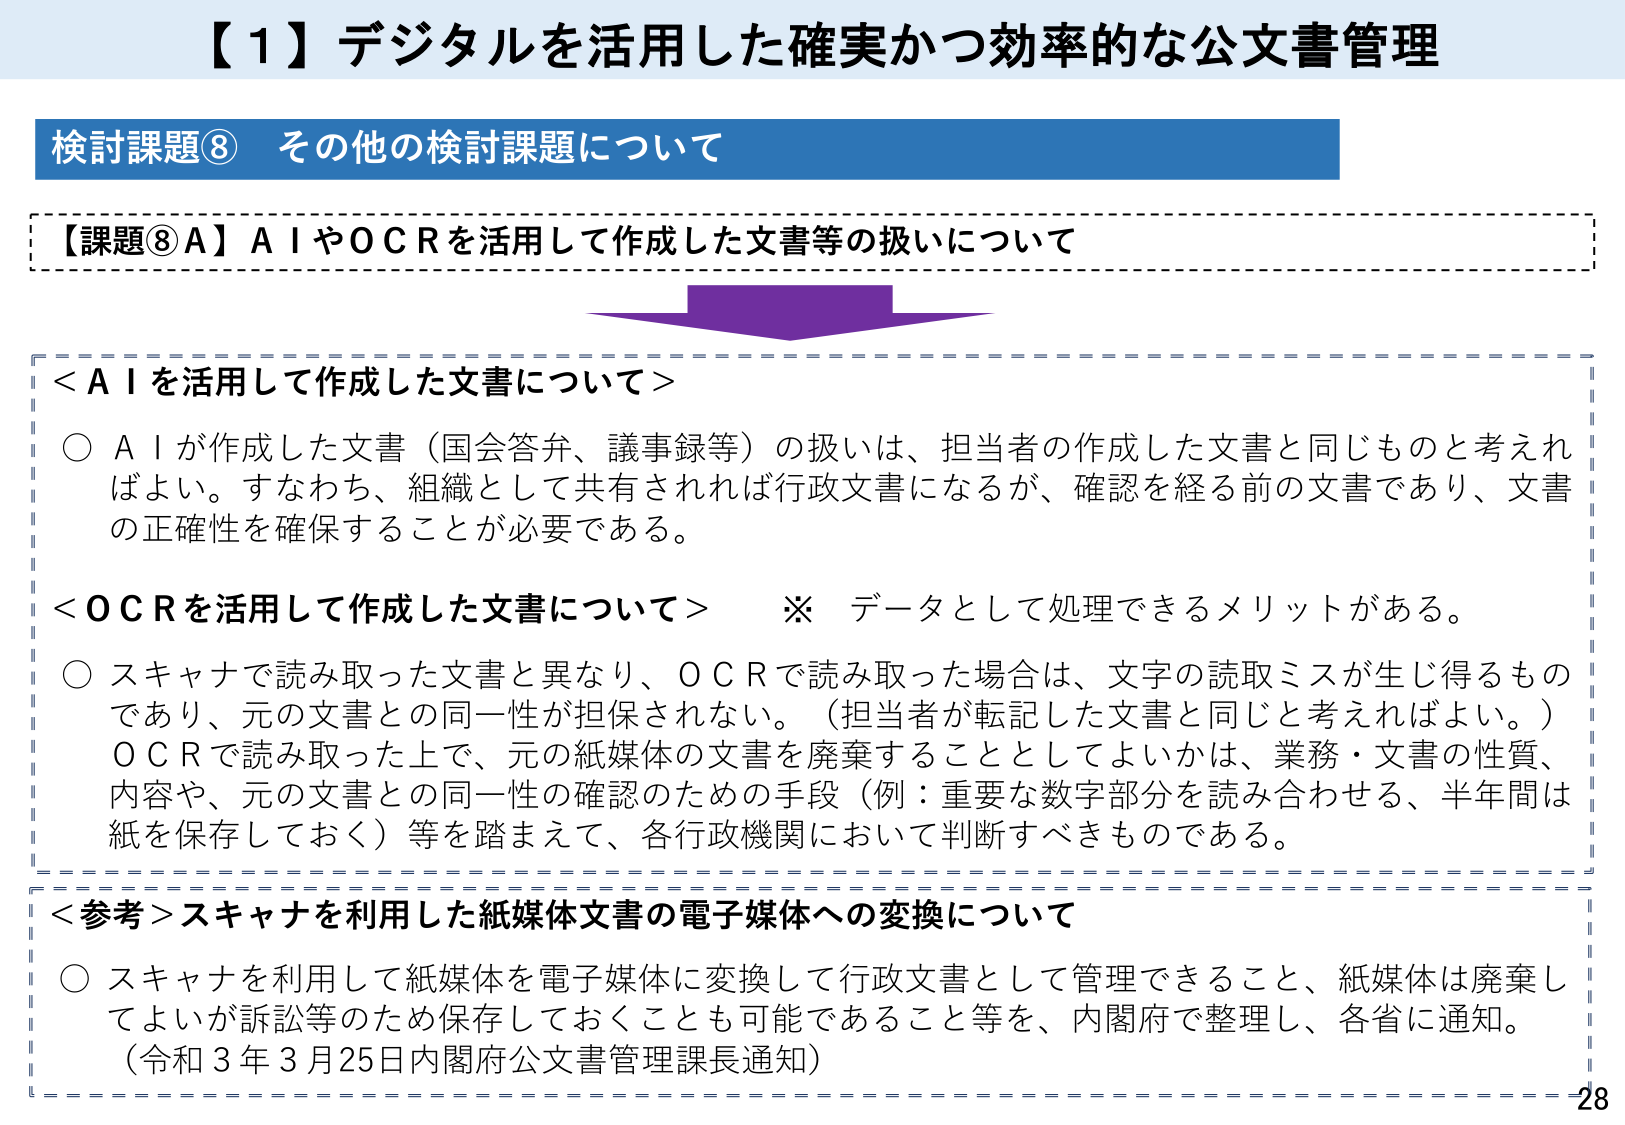
【１】デジタルを活用した確実かつ効率的な公文書管理

検討課題⑧ その他の検討課題について

【課題⑧Ａ】ＡＩやＯＣＲを活用して作成した文書等の扱いについて

＜ＡＩを活用して作成した文書について＞
○ ＡＩが作成した文書（国会答弁、議事録等）の扱いは、担当者の作成した文書と同じものと考えればよい。すなわち、組織として共有されれば行政文書になるが、確認を経る前の文書であり、文書の正確性を確保することが必要である。

＜ＯＣＲを活用して作成した文書について＞　※ データとして処理できるメリットがある。
○ スキャナで読み取った文書と異なり、ＯＣＲで読み取った場合は、文字の読取ミスが生じ得るものであり、元の文書との同一性が担保されない。（担当者が転記した文書と同じと考えればよい。）ＯＣＲで読み取った上で、元の紙媒体の文書を廃棄することとしてよいかは、業務・文書の性質、内容や、元の文書との同一性の確認のための手段（例：重要な数字部分を読み合わせる、半年間は紙を保存しておく）等を踏まえて、各行政機関において判断すべきものである。

＜参考＞スキャナを利用した紙媒体文書の電子媒体への変換について
○ スキャナを利用して紙媒体を電子媒体に変換して行政文書として管理できること、紙媒体は廃棄してよいが訴訟等のため保存しておくことも可能であること等を、内閣府で整理し、各省に通知。（令和３年３月25日内閣府公文書管理課長通知）

28